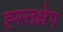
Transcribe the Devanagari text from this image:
ह्स्तक्षेप